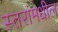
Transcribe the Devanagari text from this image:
स्तरांमधील